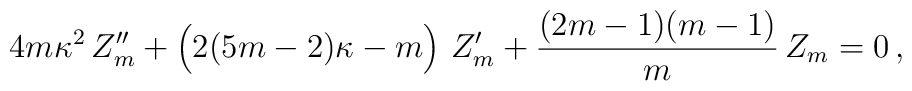
4 m \kappa^{2}\, Z''_{m} + \left(\strut 2(5m-2)\kappa -m\right)\, Z'_{m} + {(2m-1)(m-1)\over m}\, Z_{m} = 0\, ,